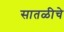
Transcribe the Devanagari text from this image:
सातळीचे